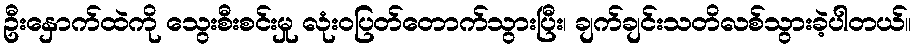
ဦးနှောက်ထဲကို သွေးစီးစင်းမှု လုံးဝပြတ်တောက်သွားပြီး၊ ချက်ချင်းသတိလစ်သွားခဲ့ပါတယ်။